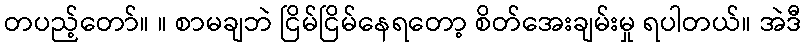
တပည့်တော်။ ။ စာမချဘဲ ငြိမ်ငြိမ်နေရတော့ စိတ်အေးချမ်းမှု ရပါတယ်။ အဲဒီ